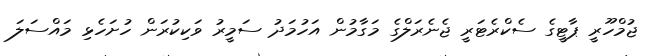
ޖުމްހޫރީ ޕާޓީގެ ސެކްރެޓަރީ ޖެނެރަލްގެ މަގާމުން އަހުމަދު ސަމީރު ވަކިކުރަން ހުށަހެޅި މައްސަލަ